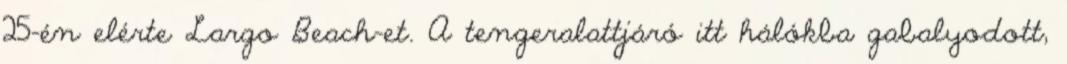
25-én elérte Largo Beach-et. A tengeralattjáró itt hálókba gabalyodott,